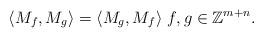
LaTeX: \begin{align*} \langle M_f,M_g\rangle=\langle M_g,M_f\rangle \ f,g\in\mathbb{Z}^{m+n}.\end{align*}